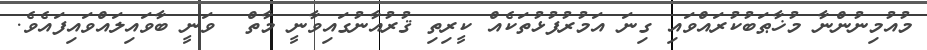
މުއުމިނުންނާ މުޚާޠަބުކުރައްވައި ގިނަ އަމުރުފުޅުތަކެއް ކީރިތި ޤުރުއާނުގައިވާނީ މާތް  ވަނީ ބާވައިލައްވައިފައެވެ.